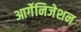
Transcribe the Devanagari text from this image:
आर्गेनिजेशन